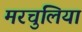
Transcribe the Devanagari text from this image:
मरचुलिया